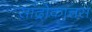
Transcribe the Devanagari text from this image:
सांद्रोकात्तस